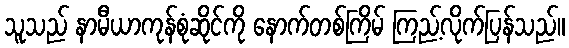
သူသည် နာမီယာကုန်စုံဆိုင်ကို နောက်တစ်ကြိမ် ကြည့်လိုက်ပြန်သည်။